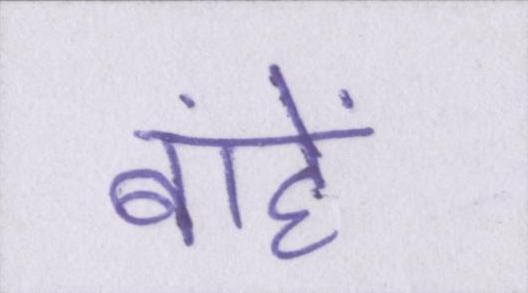
बांहें